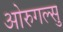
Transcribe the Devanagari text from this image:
ओरुगल्सु